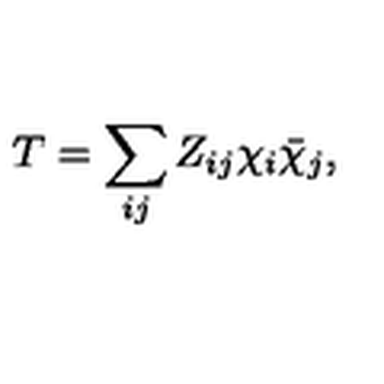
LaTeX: T = \sum _ { i j } Z _ { i j } \chi _ { i } \bar { \chi } _ { j } ,